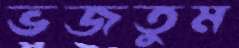
ভজতুম